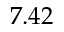
7 . 4 2